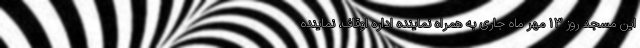
این مسجد روز ۱۳ مهر ماه جاری به همراه نماینده اداره اوقاف، نماینده